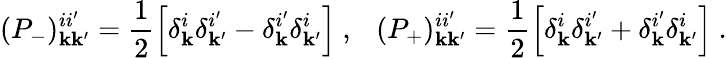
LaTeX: (P_{-})_{\mathbf{k}\mathbf{k}^{\prime}}^{ii^{\prime}}=\frac{{1}}{{2}}\left[\delta_{\mathbf{k}}^{i}\delta_{\mathbf{k}^{\prime}}^{i^{\prime}}-\delta_{\mathbf{k}}^{i^{\prime}}\delta_{\mathbf{k}^{\prime}}^{i}\right]~,~~~(P_{+})_{\mathbf{k}\mathbf{k}^{\prime}}^{ii^{\prime}}=\frac{{1}}{{2}}\left[\delta_{\mathbf{k}}^{i}\delta_{\mathbf{k}^{\prime}}^{i^{\prime}}+\delta_{\mathbf{k}}^{i^{\prime}}\delta_{\mathbf{k}^{\prime}}^{i}\right]~.